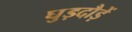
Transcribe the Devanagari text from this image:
घुड़दौड़ें